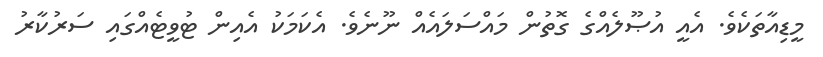
މީޑިއާތަކެވެ. އެއީ އުޞޫލެއްގެ ގޮތުން މައްސަލައެއް ނޫނެވެ. އެކަމަކު އެއިން ޓުވީޓެއްގައި ސަރުކާރު